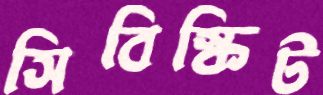
সিবিস্কিট